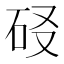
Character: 𰦬